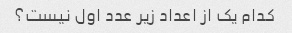
کدام یک از اعداد زیر عدد اول نیست؟